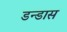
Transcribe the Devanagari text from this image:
डन्डास